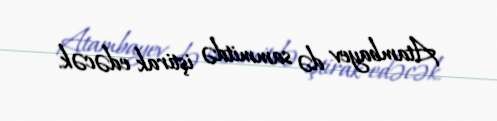
Atambayev də sammitdə iştirak edəcək.